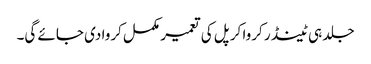
جلد ہی ٹینڈر کروا کر پل کی تعمیر مکمل کروا دی جائے گی۔